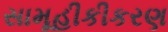
સામૂહીકીકરણ